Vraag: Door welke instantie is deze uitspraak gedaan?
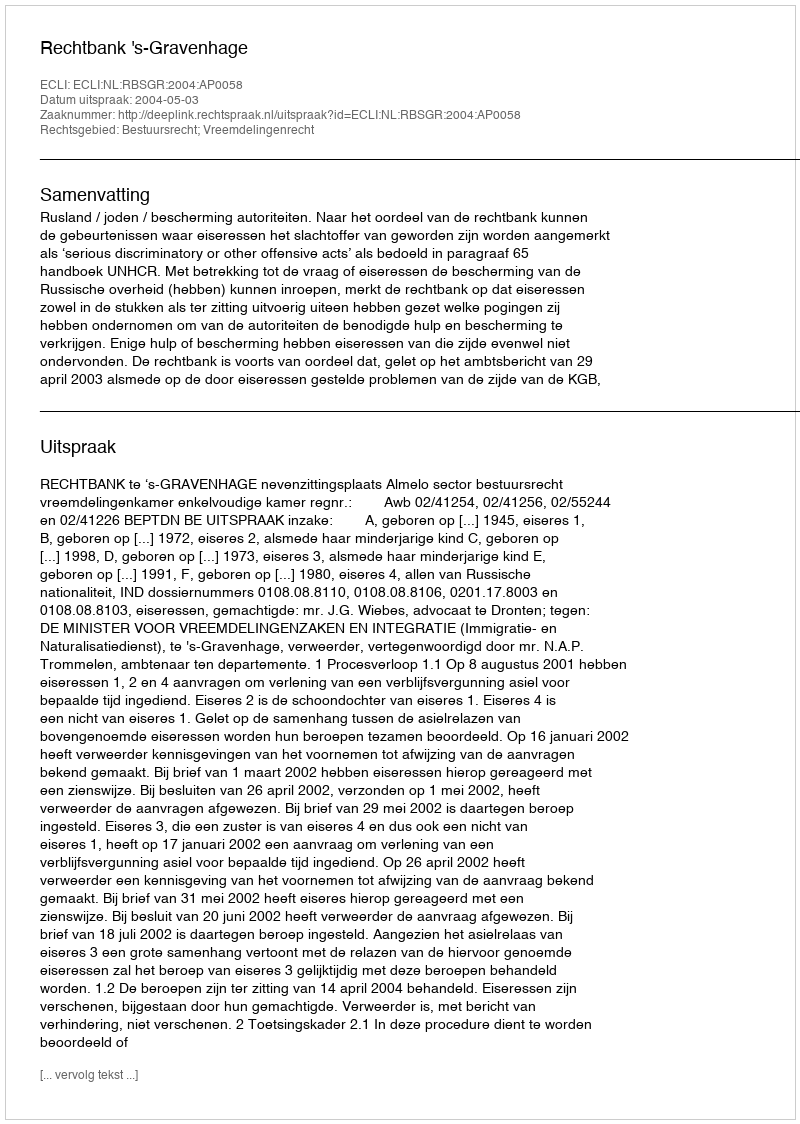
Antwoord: Rechtbank 's-Gravenhage